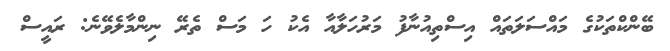
ބޭންކްތަކުގެ މައްސަލަތައް އިސްތިއުނާފު މަރުހަލާއާ އެކު ހަ މަސް ތެރޭ ނިންމާލެވޭނެ: ރައީސް